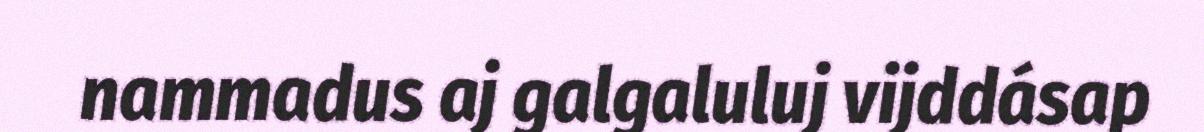
nammadus aj galgaluluj vijddásap